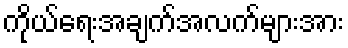
ကိုယ်ရေးအချက်အလက်များအား